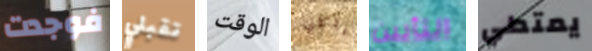
فوجدت تقبلي الوقت باكلي التأبين يمتطي